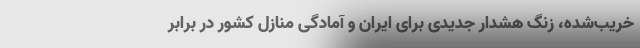
خریب‌شده، زنگ هشدار جدیدی برای ایران و آمادگی منازل کشور در برابر